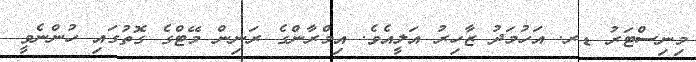
މިނިސްޓަރު ޑރ. އަހުމަދު ޒާހިރު އަލީއެވެ. އިމްރާންގެ ރަނިން މޭޓްގެ ގޮތުގައި ހުންނެވީ